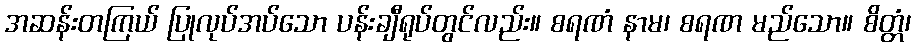
အဆန်းတကြယ် ပြုလုပ်အပ်သော ပန်းချီရုပ်တွင်လည်း။ စရဏံ နာမ၊ စရဏ မည်သော။ စိတ္တံ၊